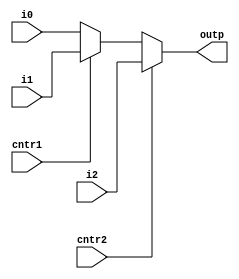
module mux31(outp,i0,i1,i2,cntr1,cntr2);
  output [31:0] outp;
  input [31:0] i0,i1,i2;
  input cntr1,cntr2;
  reg [31:0]outp;

  always@(i0 or i1 or i2 or cntr1 or cntr2)begin
   if(cntr2)
     outp = i2; 
   else if(cntr1)
     outp = i1;
   else
     outp = i0;
   end
endmodule